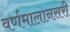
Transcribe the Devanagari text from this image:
वर्णमालानसरी